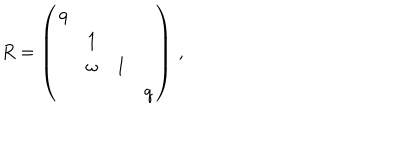
R = \left( \begin{array} { c c c c } { { q } } & { { } } & { { } } & { { } } \\ { { } } & { { 1 } } & { { } } & { { } } \\ { { } } & { { \omega } } & { { 1 } } & { { } } \\ { { } } & { { } } & { { } } & { { q } } \\ \end{array} \right) \, ,